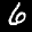
Label: 6